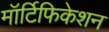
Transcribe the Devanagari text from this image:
मॉर्टिफिकेशन